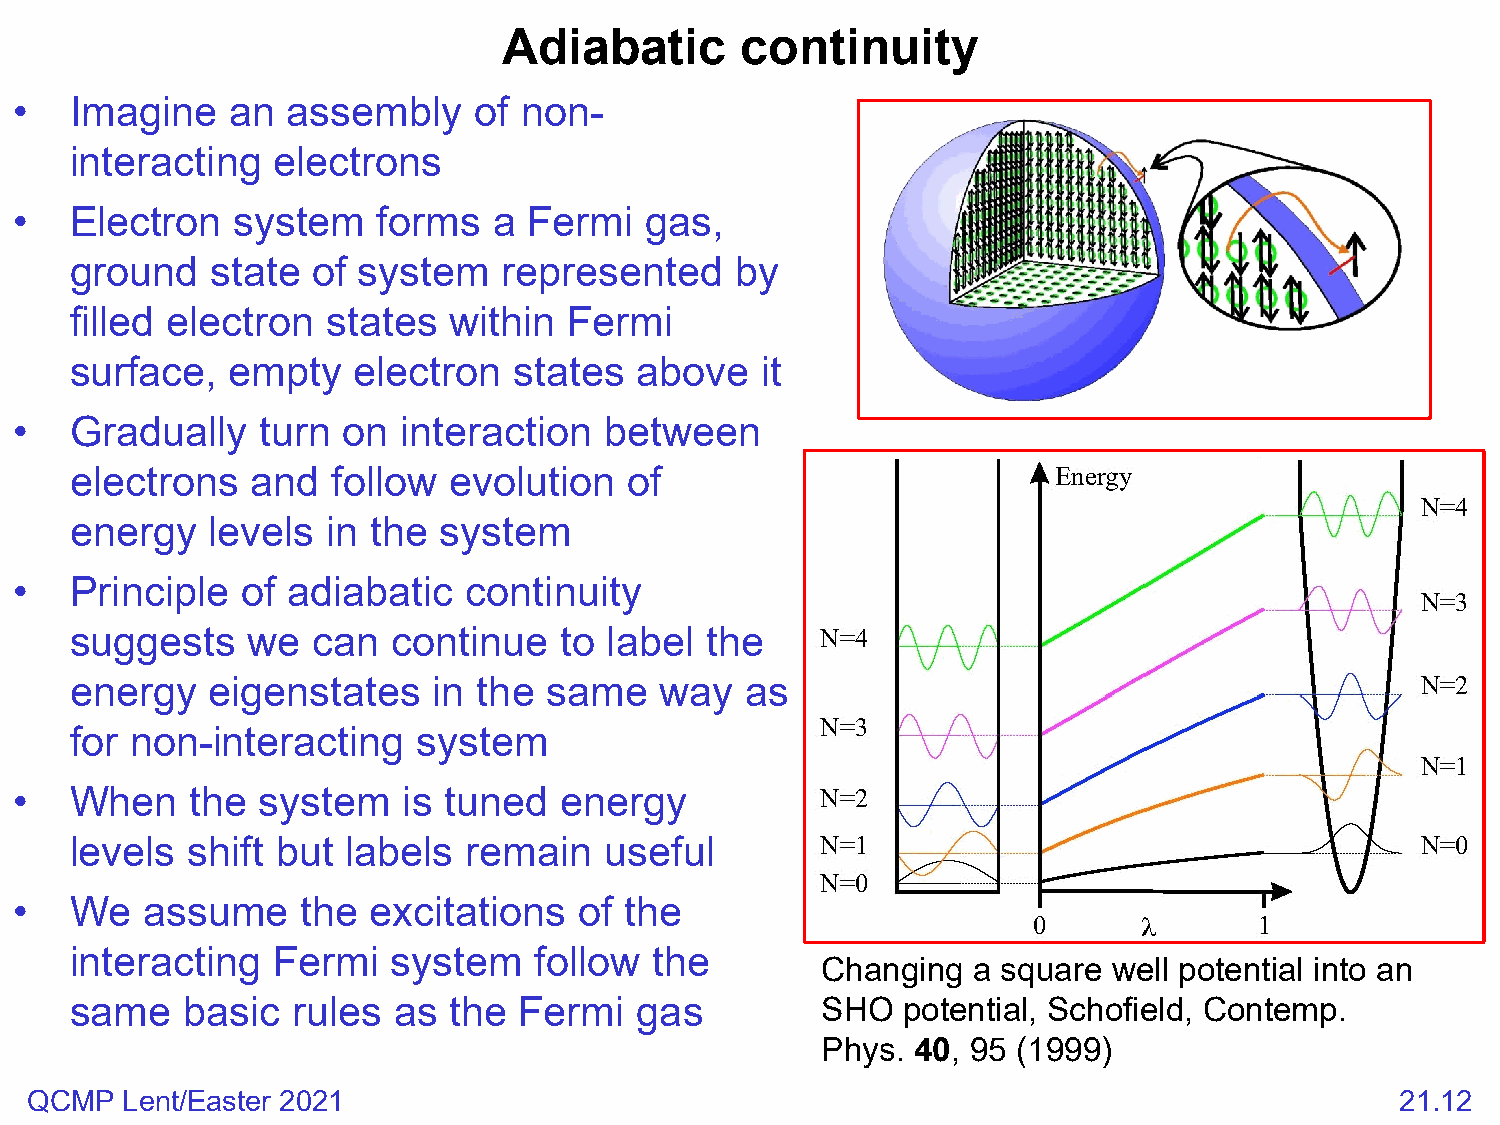
Adiabatic       continuity
 •   Imagine   an  assembly    of non-
 interacting  electrons
 •   Electron  system    forms   a Fermi   gas,
 ground   state  of system   represented     by
 filled electron  states  within  Fermi
 surface,  empty   electron   states  above   it
 •   Gradually   turn  on  interaction  between
 electrons   and  follow  evolution   of
 energy   levels  in the system
 •   Principle  of adiabatic   continuity
 suggests   we   can  continue   to label  the
 energy   eigenstates    in the same    way  as
 for non-interacting    system
 •   When    the system    is tuned  energy
 levels shift but  labels  remain   useful
 •   We   assume    the  excitations  of the
 interacting  Fermi   system   follow  the
 Changing  a square  well potential into an
 same   basic  rules  as  the Fermi   gas         SHO   potential, Schofield, Contemp.
 Phys.  40, 95 (1999)
 QCMP  Lent/Easter 2021                                                                     21.12